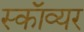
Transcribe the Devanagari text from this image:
स्काॅव्यर